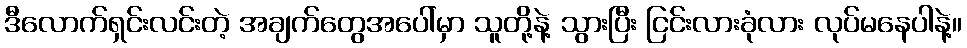
ဒီလောက်ရှင်းလင်းတဲ့ အချက်တွေအပေါ်မှာ သူတို့နဲ့ သွားပြီး ငြင်းလားခုံလား လုပ်မနေပါနဲ့။